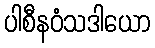
ပါစီနဝံသဒါယော